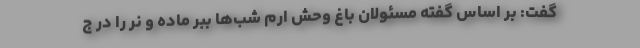
گفت: بر اساس گفته مسئولان باغ وحش ارم شب‌ها ببر ماده و نر را در ج